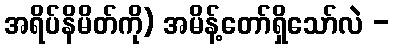
အရိပ်နိမိတ်ကို) အမိန့်တော်ရှိသော်လဲ -